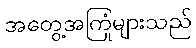
အတွေ့အကြုံများသည်